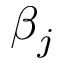
\beta _ { j }